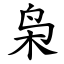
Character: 枭